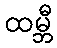
ထမ္ဘီ